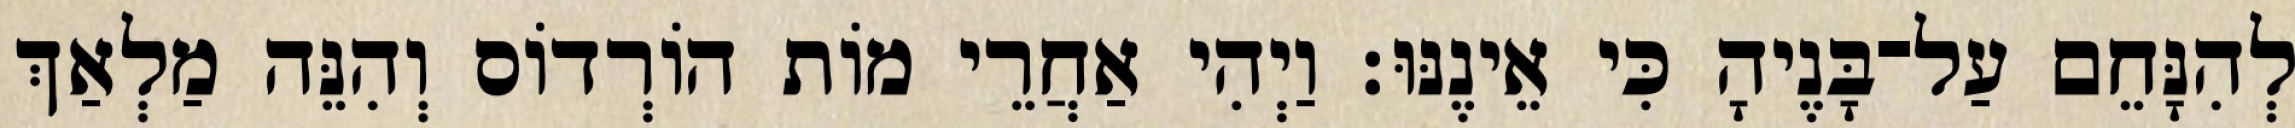
לְהִנָּחֵם עַל־בָּנֶיהָ כִּי אֵינֶנּוּ׃ וַיְהִי אַחֲרֵי מוֹת הוֹרְדוֹס וְהִנֵּה מַלְאַךְ